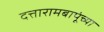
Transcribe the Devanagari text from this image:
दत्तारामबापूंच्या